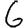
Digit: 6